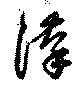
漢